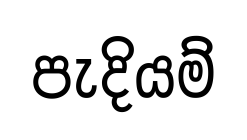
පැදියම්